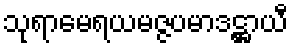
သုရာမေရယမဇ္ဇပမာဒဋ္ဌာယီ